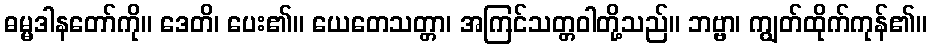
ဓမ္မဒါနတော်ကို။ ဒေတိ၊ ပေး၏။ ယေတေသတ္တာ၊ အကြင်သတ္တဝါတို့သည်။ ဘဗ္ဗာ၊ ကျွတ်ထိုက်ကုန်၏။